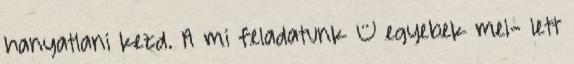
hanyatlani kezd. A mi feladatunk – egyebek mel- lett